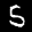
Label: 5